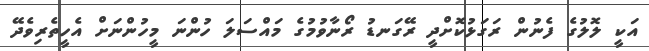
އަކީ ލޮލުގެ ފެނުން ރަގަޅުކޮށްދީ ރޭގަނޑު ރޯނާވުމުގެ މައްސަލަ ހުންނަ މީހުންނަށް އެހީތެރިވެދޭ